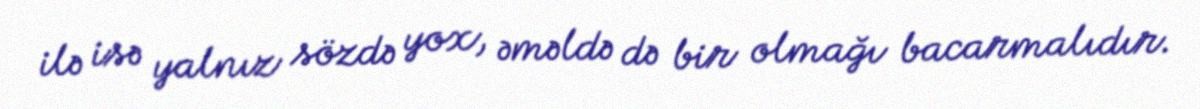
ilə isə yalnız sözdə yox, əməldə də bir olmağı bacarmalıdır.